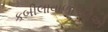
કબીલાવાળાઓએ